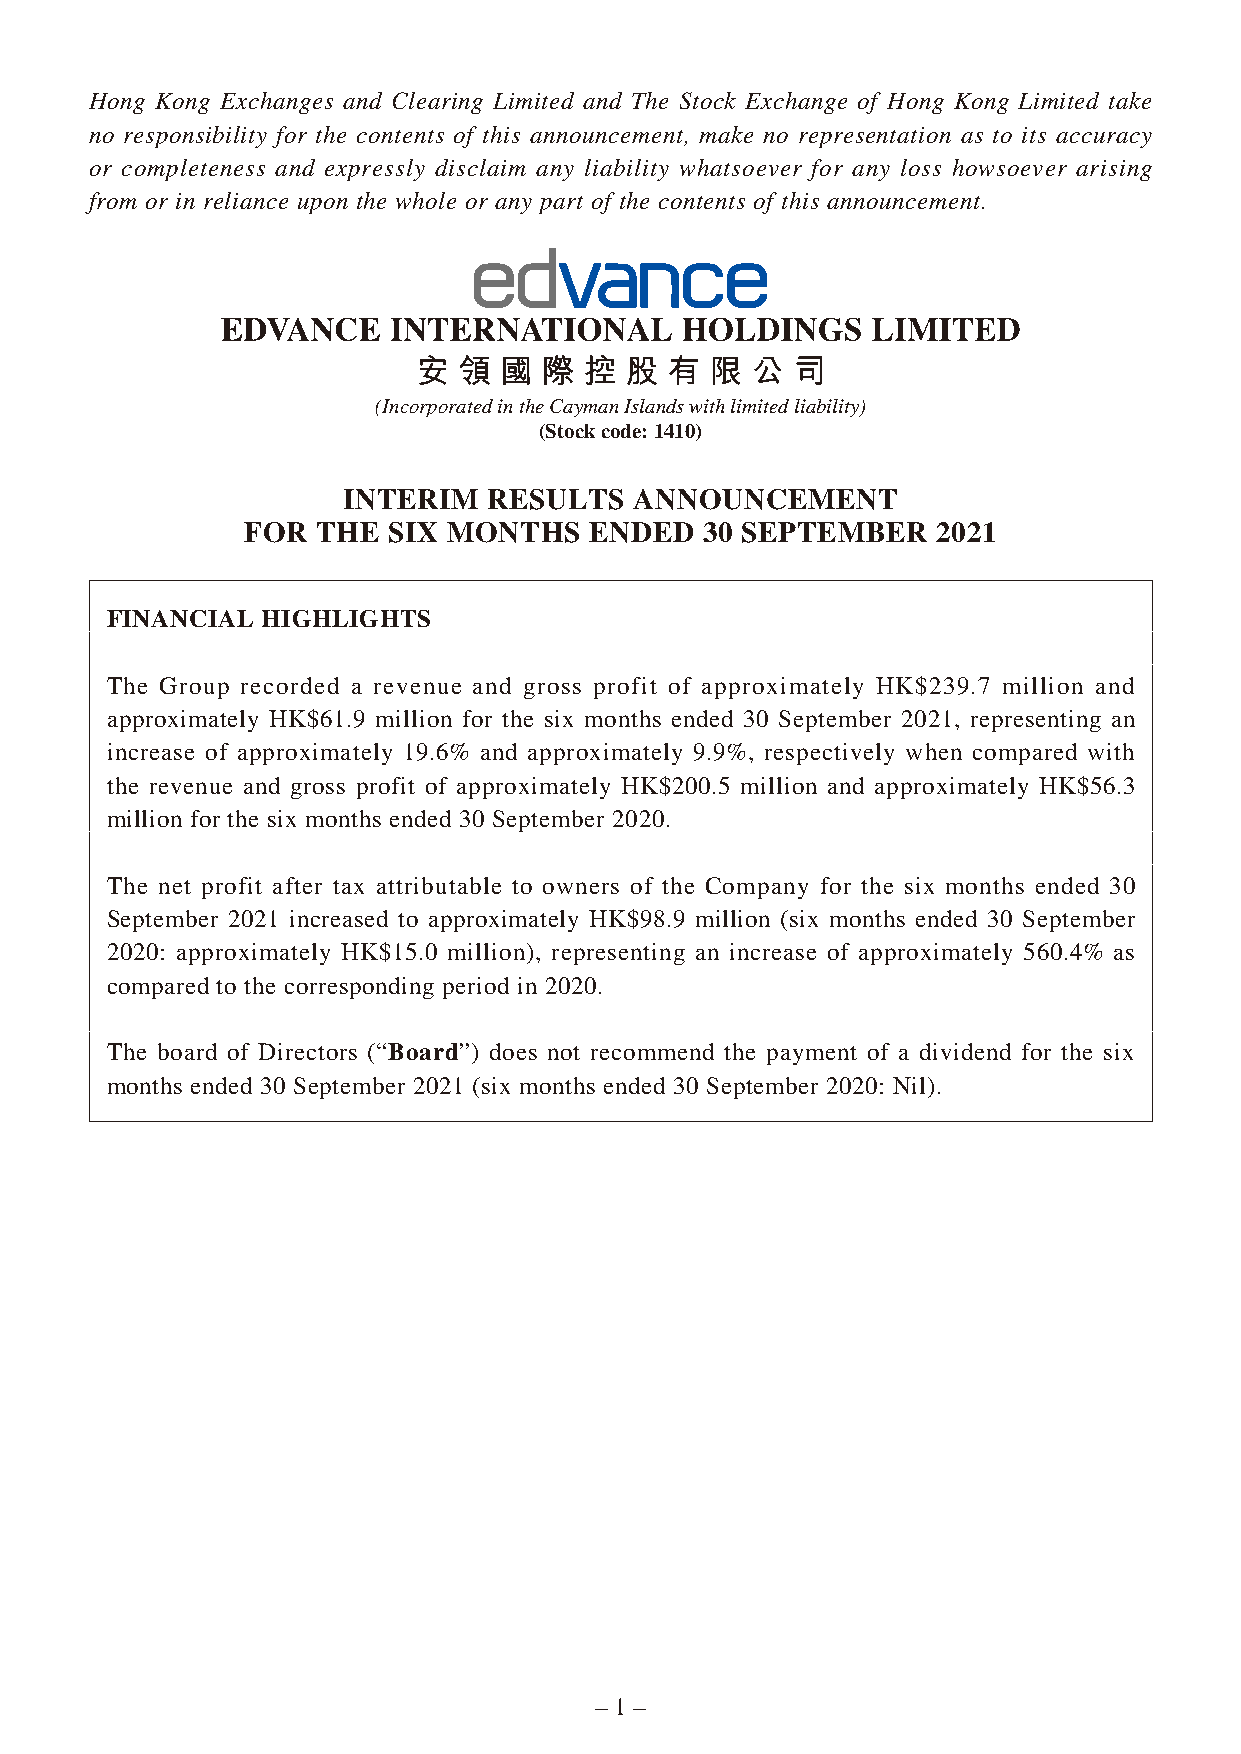
Hong Kong Exchanges and Clearing Limited and The Stock Exchange of Hong Kong Limited take
 no responsibility for the contents of this announcement, make no representation as to its accuracy
 or completeness and expressly disclaim any liability whatsoever for any loss howsoever arising
 from or in reliance upon the whole or any part of the contents of this announcement.
 (Incorporated in the Cayman Islands with limited liability)
 (Stock code: 1410)
 INTERIM  RESULTS   ANNOUNCEMENT
 FOR  THE  SIX MONTHS   ENDED   30 SEPTEMBER   2021
 FINANCIAL HIGHLIGHTS
 The Group recorded a revenue and gross profit of approximately HK$239.7 million and
 approximately HK$61.9 million for the six months ended 30 September 2021, representing an
 increase of approximately 19.6% and approximately 9.9%, respectively when compared with
 the revenue and gross profit of approximately HK$200.5 million and approximately HK$56.3
 million for the six months ended 30 September 2020.
 The net profit after tax attributable to owners of the Company for the six months ended 30
 September 2021 increased to approximately HK$98.9 million (six months ended 30 September
 2020: approximately HK$15.0 million), representing an increase of approximately 560.4% as
 compared to the corresponding period in 2020.
 The board of Directors (“Board”) does not recommend the payment of a dividend for the six
 months ended 30 September 2021 (six months ended 30 September 2020: Nil).
 – 1 –